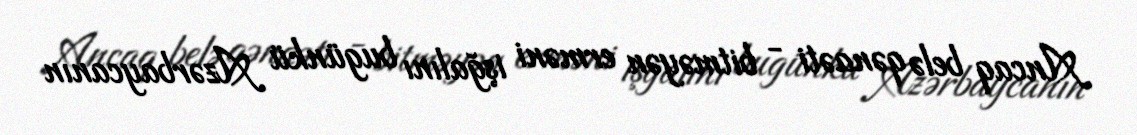
Ancaq belə qənaəti - bitməyən erməni işğalını bugünkü Azərbaycanın